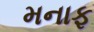
મનાફ